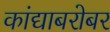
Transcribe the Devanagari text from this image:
कांद्याबरोबर